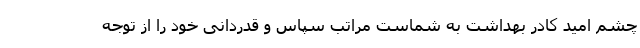
چشم امید کادر بهداشت به شماست مراتب سپاس و قدردانی خود را از توجه